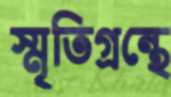
স্মৃতিগ্রন্থে